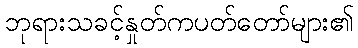
ဘုရားသခင့်နှုတ်ကပတ်တော်များ၏